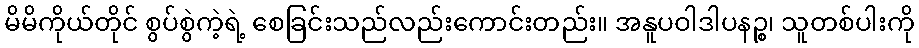
မိမိကိုယ်တိုင် စွပ်စွဲကဲ့ရဲ့ စေခြင်းသည်လည်းကောင်းတည်း။ အနူပဝါဒါပနဉ္စ၊ သူတစ်ပါးကို